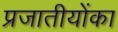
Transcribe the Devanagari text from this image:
प्रजातीयोंका